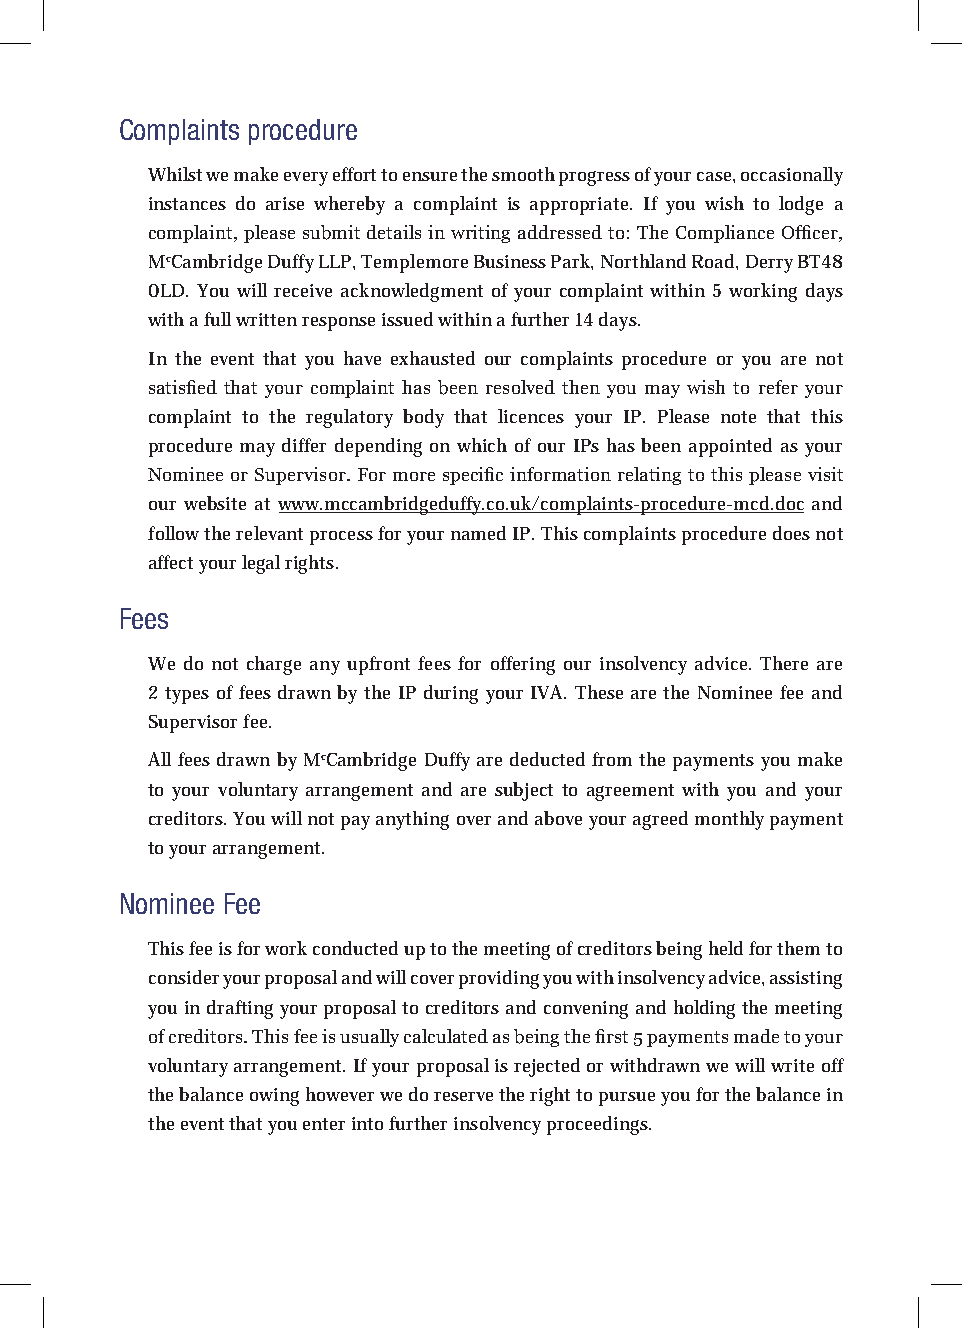
Complaints procedure
 Whilst we make every effort to ensure the smooth progress of your case, occasionally
 instances do arise whereby a complaint is appropriate. If you wish to lodge a
 complaint, please submit details in writing addressed to: The Compliance Officer,
 McCambridge Duffy LLP, Templemore Business Park, Northland Road, Derry BT48
 0LD. You will receive acknowledgment of your complaint within 5 working days
 with a full written response issued within a further 14 days.
 In the event that you have exhausted our complaints procedure or you are not
 satisfied that your complaint has been resolved then you may wish to refer your
 complaint to the regulatory body that licences your IP. Please note that this
 procedure may differ depending on which of our IPs has been appointed as your
 Nominee or Supervisor. For more specific information relating to this please visit
 our website at www.mccambridgeduffy.co.uk/complaints-procedure-mcd.doc and
 follow the relevant process for your named IP. This complaints procedure does not
 affect your legal rights.
 Fees
 We do not charge any upfront fees for offering our insolvency advice. There are
 2 types of fees drawn by the IP during your IVA. These are the Nominee fee and
 Supervisor fee.
 All fees drawn by McCambridge Duffy are deducted from the payments you make
 to your voluntary arrangement and are subject to agreement with you and your
 creditors. You will not pay anything over and above your agreed monthly payment
 to your arrangement.
 Nominee Fee
 This fee is for work conducted up to the meeting of creditors being held for them to
 consider your proposal and will cover providing you with insolvency advice, assisting
 you in drafting your proposal to creditors and convening and holding the meeting
 of creditors. This fee is usually calculated as being the first 5 payments made to your
 voluntary arrangement. If your proposal is rejected or withdrawn we will write off
 the balance owing however we do reserve the right to pursue you for the balance in
 the event that you enter into further insolvency proceedings.